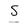
Character: S